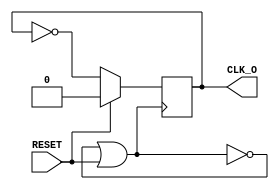
`timescale 1ns / 1ps
//////////////////////////////////////////////////////////////////////////////////
// Company: 
// Engineer: 
// 
// Design Name: 
// Module Name:    RO 
// Project Name: 
// Target Devices: 
// Tool versions: 
// Description: 
//
// Dependencies: 
//
// Revision: 
// Revision 0.01 - File Created
// Additional Comments: 
//
//////////////////////////////////////////////////////////////////////////////////
module RO #(parameter CW = 4)
(
    (* KEEP="TRUE" *) input RESET,
    output CLK_O
    );

	(* KEEP="TRUE" *) wire [CW:0] chain;
	reg tff = 0;
	
	genvar i;
   generate
      for (i=1; i <= CW; i=i+1) 
      begin: not_seq
         assign chain[i] = !chain[i-1];
      end
   endgenerate
	assign chain[0] = !(chain[CW]|RESET);
	
	always @(posedge chain[0]) begin
		if(RESET) tff = 0;
		else tff = !tff;
	end
	
	assign CLK_O = tff;
endmodule